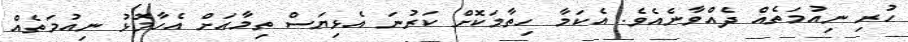
ހުރި ނިއުމަތެއް ދެއްވާނެއެވެ. އެކަމާ ހިތާމަކޮށް ކަރުނަ އެޅިޔަސް ތިމާއަށް އެހާމޮޅު ނިއުމަތެއް